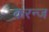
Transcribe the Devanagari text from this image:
करन्‍ज